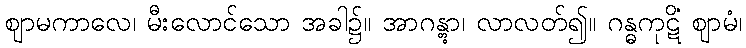
ဈာမကာလေ၊ မီးလောင်သော အခါ၌။ အာဂန္တွာ၊ လာလတ်၍။ ဂန္ဓကုဋိံ ဈာမံ၊